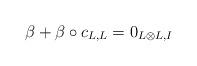
LaTeX: \begin{align*}\beta+\beta\circ c_{L,L}=0_{L\otimes L,I}\end{align*}